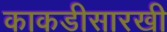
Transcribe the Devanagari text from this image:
काकडीसारखी